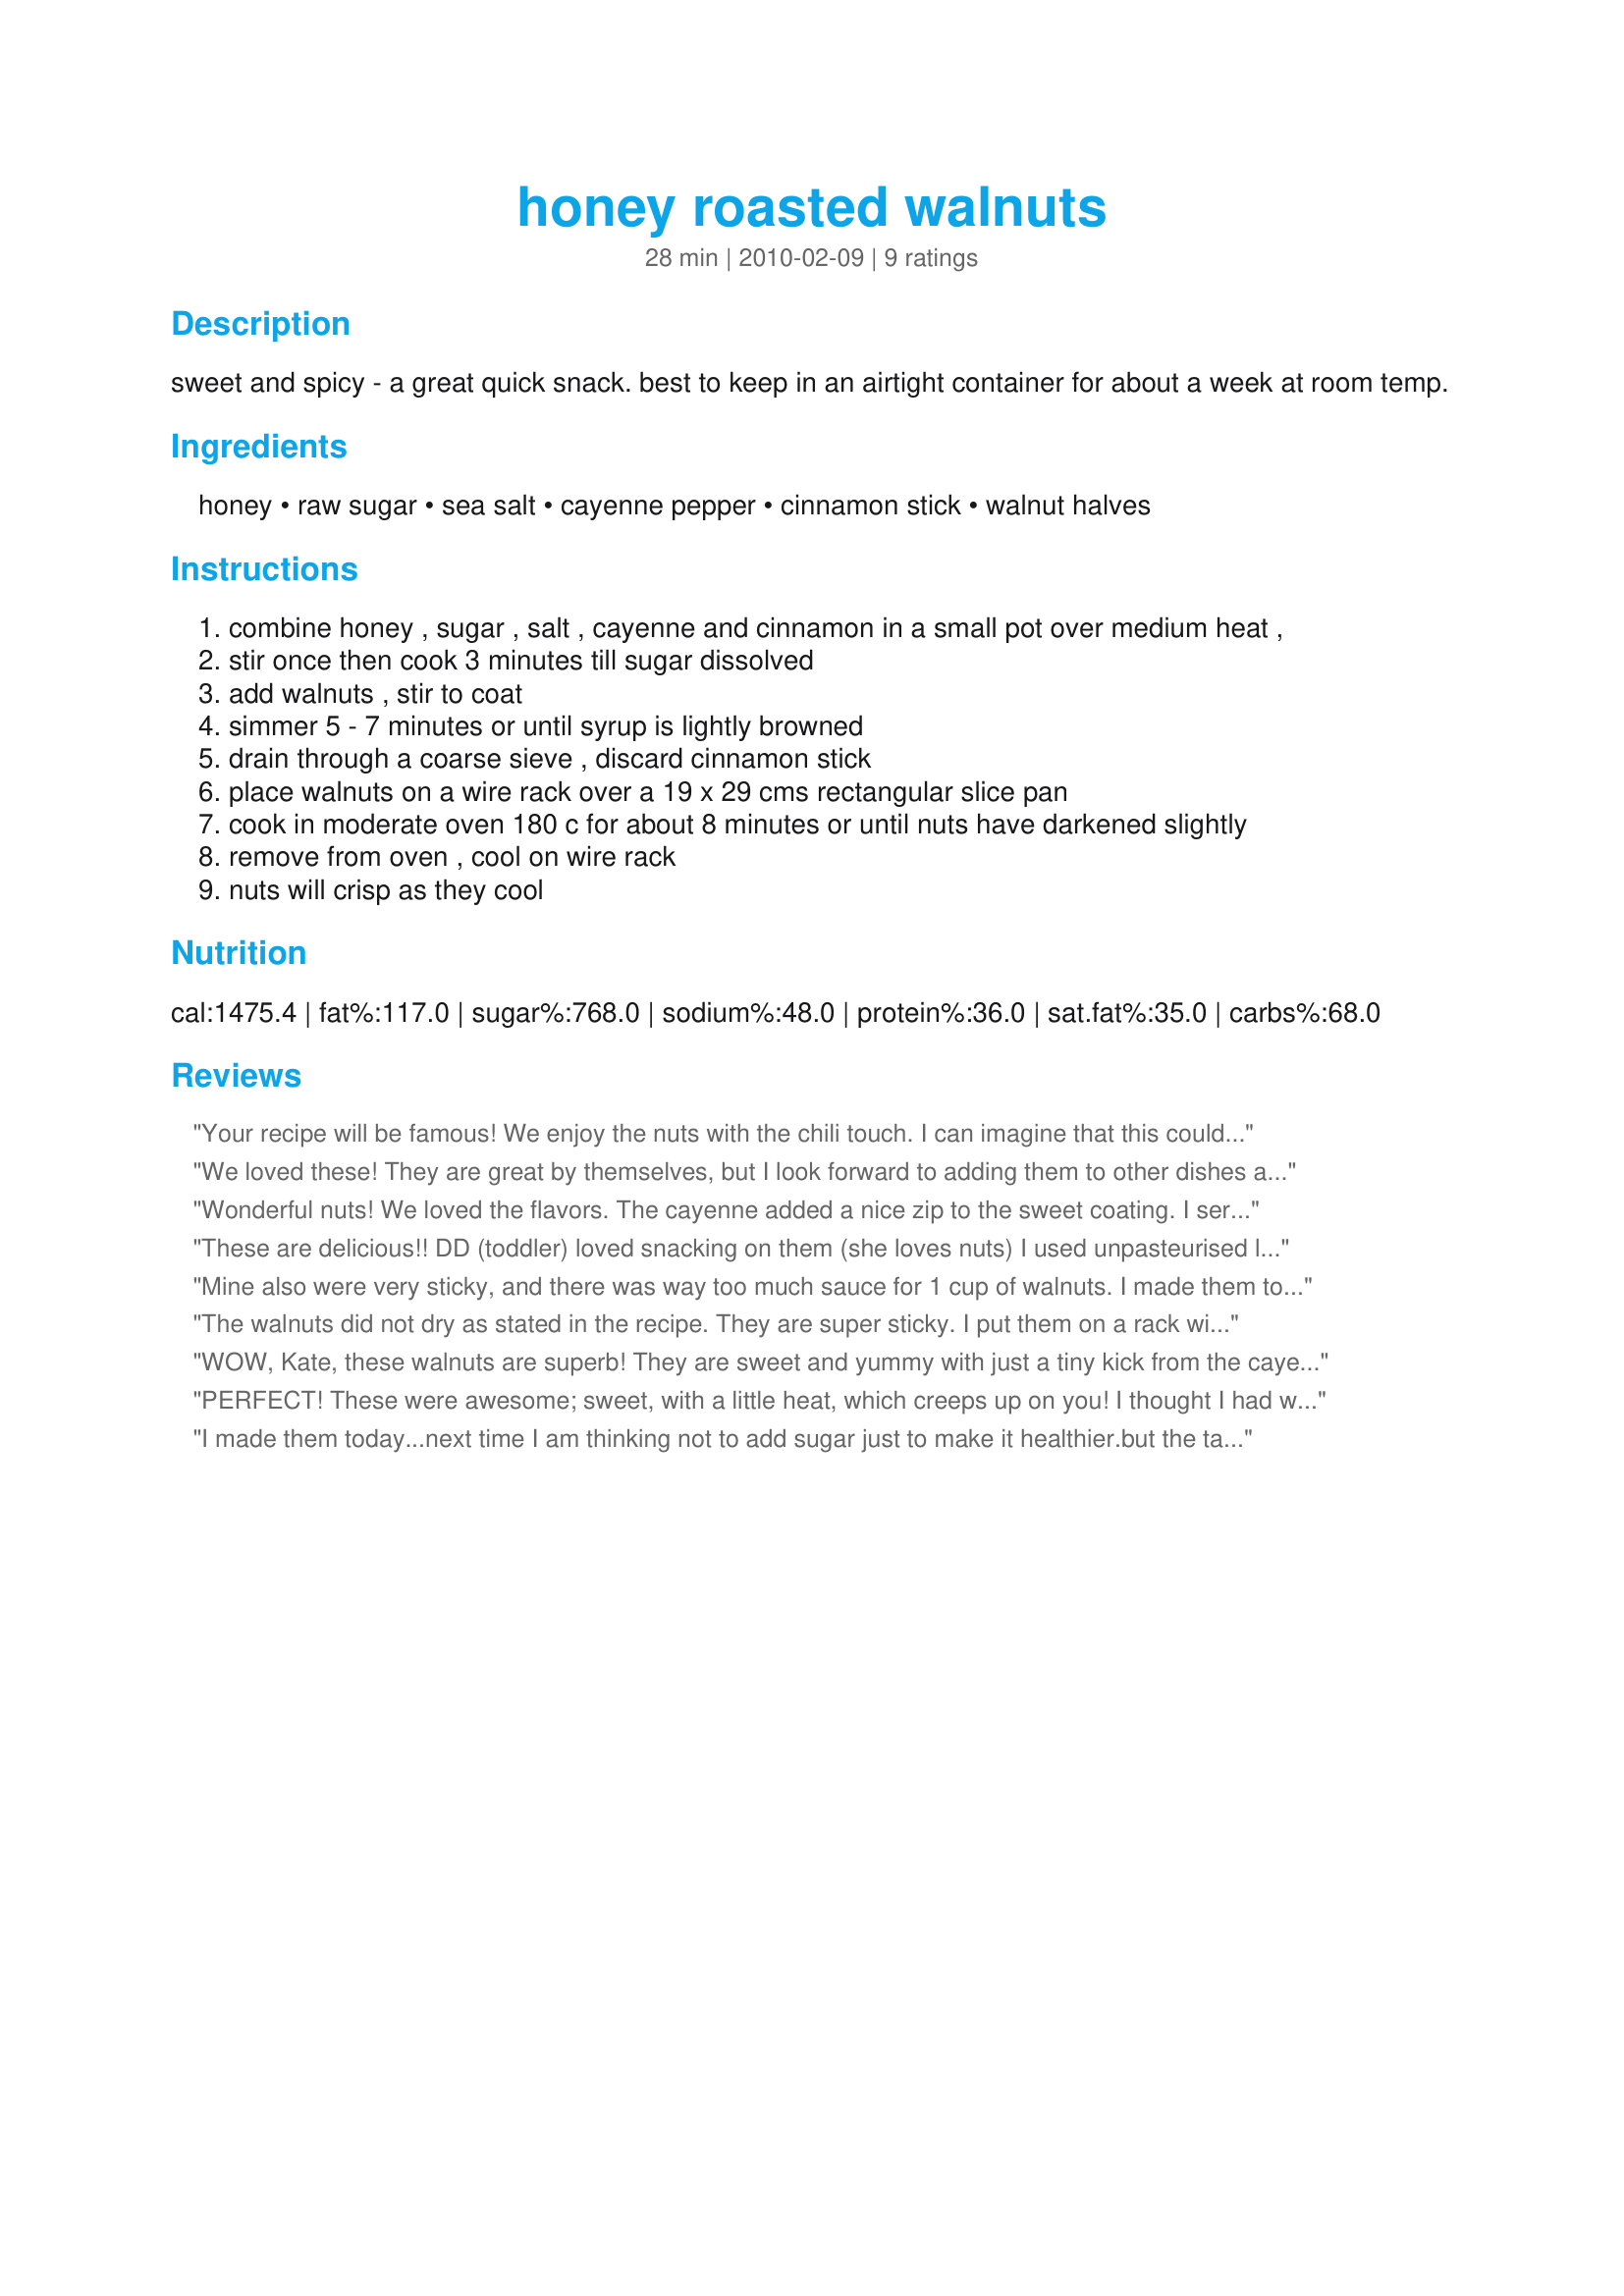
honey roasted walnuts
Preparation time: 28 minutes

sweet and spicy - a great quick snack. best to keep in an airtight container for about a week at room temp.

Ingredients:
honey, raw sugar, sea salt, cayenne pepper, cinnamon stick, walnut halves

Steps:
combine honey , sugar , salt , cayenne and cinnamon in a small pot over medium heat ,
stir once then cook 3 minutes till sugar dissolved
add walnuts , stir to coat
simmer 5 - 7 minutes or until syrup is lightly browned
drain through a coarse sieve , discard cinnamon stick
place walnuts on a wire rack over a 19 x 29 cms rectangular slice pan
cook in moderate oven 180 c for about 8 minutes or until nuts have darkened slightly
remove from oven , cool on wire rack
nuts will crisp as they cool

Reviews:
Your recipe will be famous! We enjoy the nuts with the chili touch. I can imagine that this could be nice presents for friend when we are invited in somebody%u2019s house. Tasty, special and pretty. What do you need more?<br/>I%u2019m sure we%u2019ll do it again.
We loved these! They are great by themselves, but I look forward to adding them to other dishes as well. I used some Thyme Honey and they were sooo good! Thanks for posting, Kate. Made for ZWT 6.
Wonderful nuts! We loved the flavors. The cayenne added a nice zip to the sweet coating. I served as is and as a topping for yogurt. Thanks for sharing! ZWT6
These are delicious!! DD (toddler) loved snacking on them (she loves nuts) I used unpasteurised local honey, brown sugar and the rest. I would make these again. Thanks katew. Made for ZWT6 Greece/Cyprus region, for my team, The Ya Ya Cookerhood!
Mine also were very sticky, and there was way too much sauce for 1 cup of walnuts. I made them to take to a party, but had to go to plan B when the nuts stuck to each other.
The walnuts did not dry as stated in the recipe. They are super sticky. I put them on a rack with wax paper underneath to catch drips. Several walnuts stuck to the wax paper and had to be thrown out. There was so much sauce that I used 4 cups of walnuts. The taste is ok, not outstanding. I will not be using this recipe again.
WOW, Kate, these walnuts are superb! They are sweet and yummy with just a tiny kick from the cayenne to round up their flavour.
I made them for my mum and dad, who are big nut fans and my dad says they remind him at the candied nuts you can buy at the fair. He luves them! :)
I luved the ease of preparation and that your baking time was spot on!
THANKS SO MUCH for sharing this winner with us!
Made and reviewed for Everyday Is A Holiday Share the Love February 2010.
PERFECT! These were awesome; sweet, with a little heat, which creeps up on you! I thought I had walnut halves, but, mine were pieces, which worked out fine! The walnuts made a great nibble, before dinner, and would be perfect as a cocktail nosh. Oh, would also be awesome on a salad! I'm so glad I finally made these; I will save in them in my "tried and true'" cookbook! Thanks for sharing, katew!
I made them today...next time I am thinking not to add sugar just to make it healthier.but the taste was perfect and we ate them to the last one
